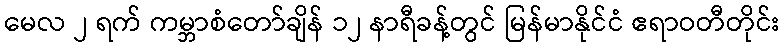
မေလ ၂ ရက် ကမ္ဘာစံတော်ချိန် ၁၂ နာရီခန့်တွင် မြန်မာနိုင်ငံ ဧရာဝတီတိုင်း